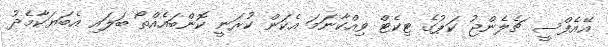
އޭއެފްސީ ޗެލެންޖު ކަޕުގެ ޓިކެޓް ވިއްކާނަމަ އެކަން ކުރަނީ ކޮންބައެއްތޯ ބަލައި އެބަޔަކާމެދު